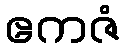
ဧကဇံ